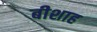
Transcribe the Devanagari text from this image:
बीशाह